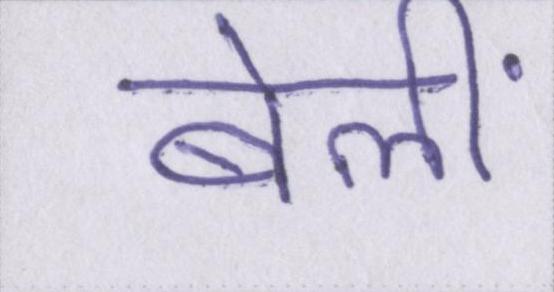
बेलीं